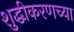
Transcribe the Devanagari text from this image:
शुद्धीकरणच्या